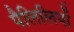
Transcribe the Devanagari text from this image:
पैलिलियों